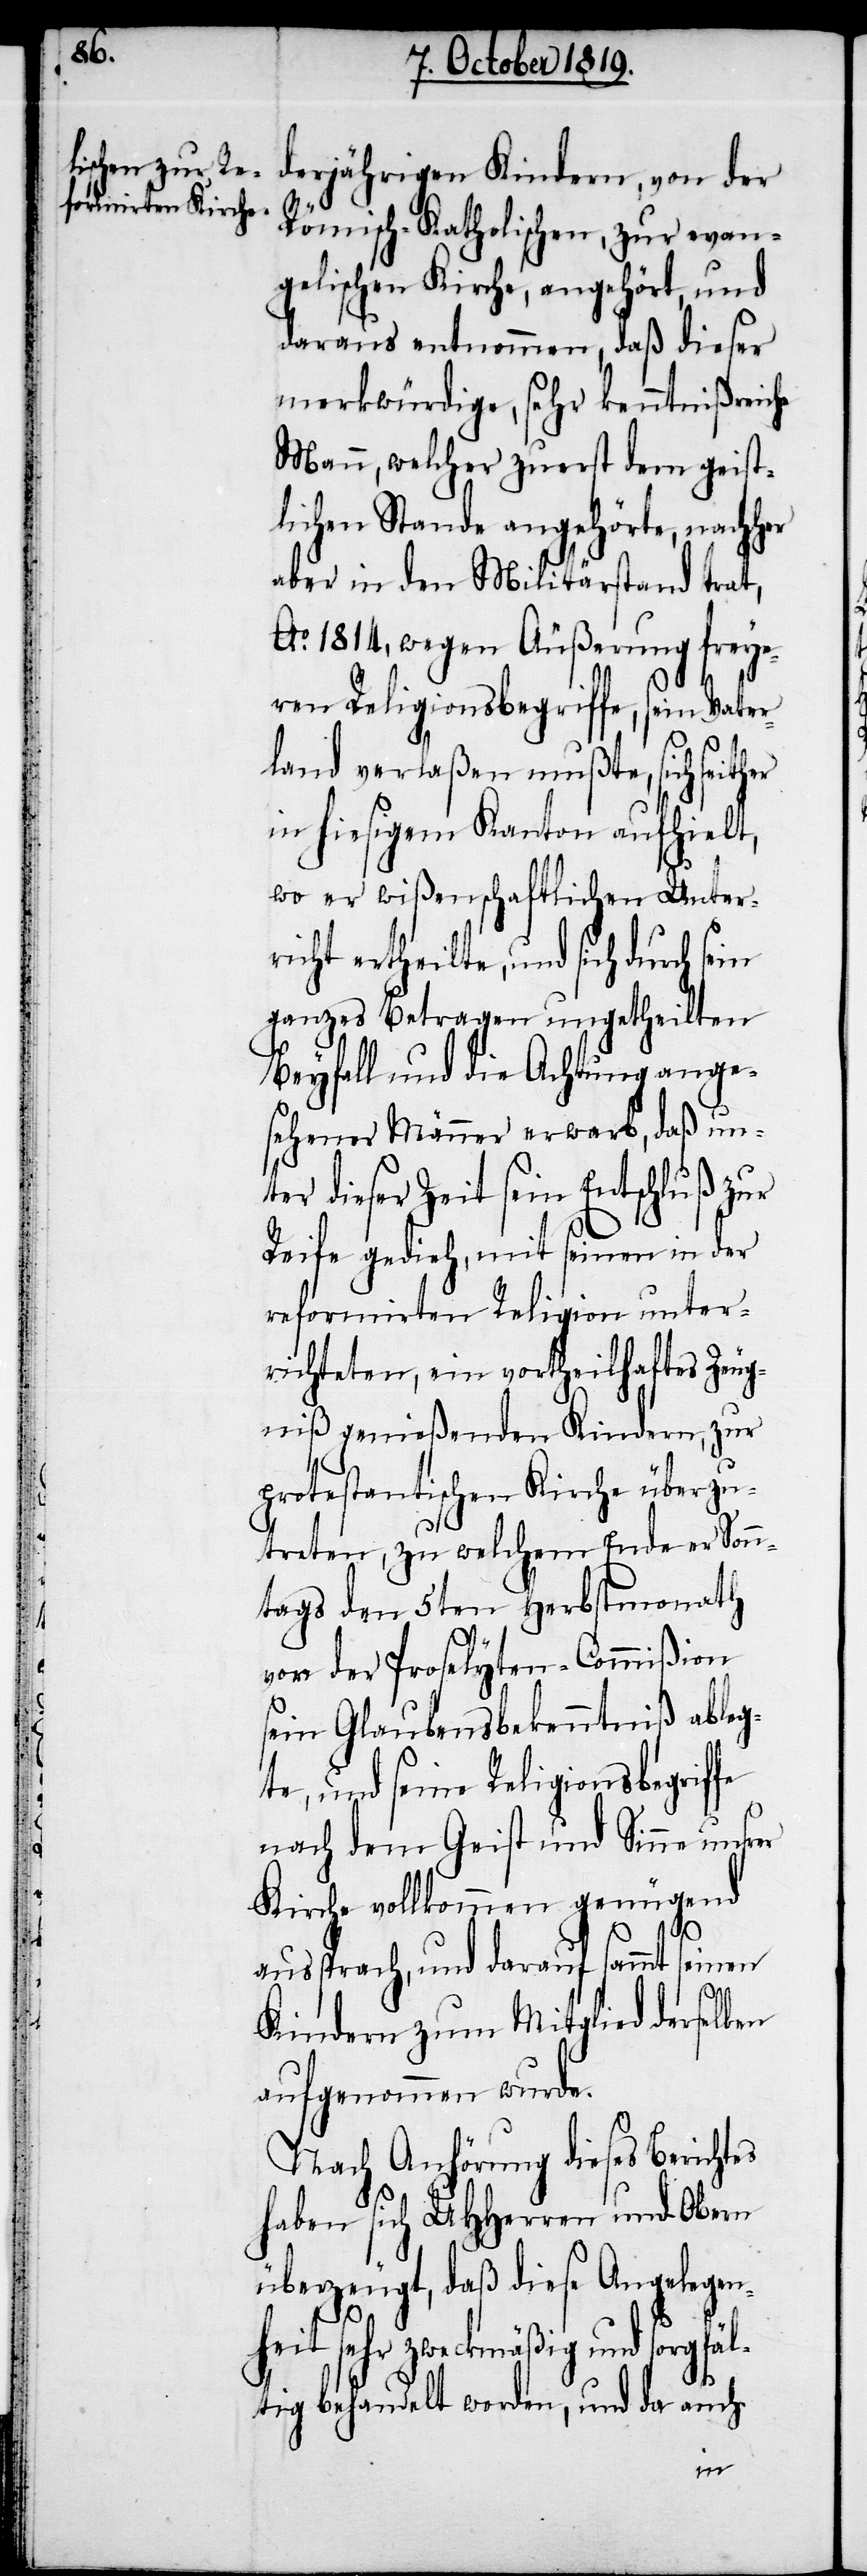
derjährigen Kindern, von der
Römisch-Katholischen, zur evan¬
gelischen Kirche, angehört, und
daraus entnommen, daß dieser
merkwürdige, sehr kenntnißreiche
Mann, welcher zuerst dem geist¬
lichen Stande angehörte, nacher
aber in den Militärstand trat,
Ao. 1814, wegen Äußerung freye¬
ren Religionsbegriffe, sein Vater¬
land verlaßen mußte, sich seither
in hiesigem Kanton aufhielt,
wo er wißenschaftlichen Unterr¬
icht ertheilte, und sich durch
ganzes Betragen ungetheilten
Beyfall und die Achtung ange¬
sehener Männer erwarb, daß un¬
ter dieser Zeit sein Entschluß zur
Reife gedieh, mit seinen in der
reformirten Religion unter¬
richteten, ein vortheilhaftes Zeug¬
niß genießenden Kindern, zur
protestantischen Kirche überzu¬
treten, zu welchem Ende er Sonn¬
tags den 5ten Herbstmonath
von der Proselyten-Commißion
sein Glaubensbekenntniß ableg¬
te, und seine Religionsbegriffe
nach dem Geist und Sinne unsrer
Kirche vollkommen genügend
aussprach, und darauf sammt seinen
Kindern zum Mitglied derselben
aufgenommen wurde.
Nach Anhörung dieses Berichtes
haben sich UHHerren und Obern
überzeugt, daß diese Angelegen¬
heit sehr zweckmäßig und sorgfäl¬
tig behandelt worden, und da auch